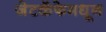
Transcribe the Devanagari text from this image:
जेटकॅफेमधून